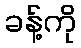
ခန့်ကို